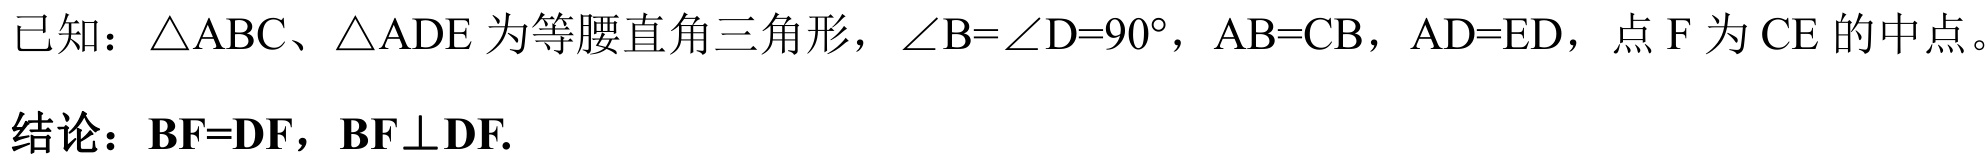
已知：\(\triangle ABC\)、\(\triangle ADE\)为等腰直角三角形，\(\angle B = \angle D = 90^{\circ}\)，\(AB = CB\)，\(AD = ED\)，点\(F\)为\(CE\)的中点。
结论：\(BF = DF\)，\(BF\perp DF\).